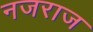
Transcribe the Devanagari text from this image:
नजराज